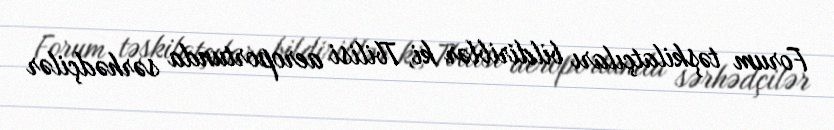
Forum təşkilatçıları bildiriblər ki, Tbilisi aeroportunda sərhədçilər